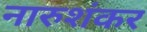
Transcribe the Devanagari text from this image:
नारुशंकर